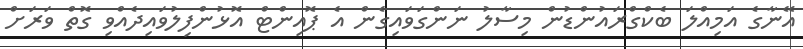
އޭނާގެ އަމިއްލަ ބެކްގްރައުންޑުން މިސާލު ނަންގަވައިގެން އެ ޕޮއިންޓް އޮޅުންފިލުވައިދެއްވި ގޮތް ވަރަށް